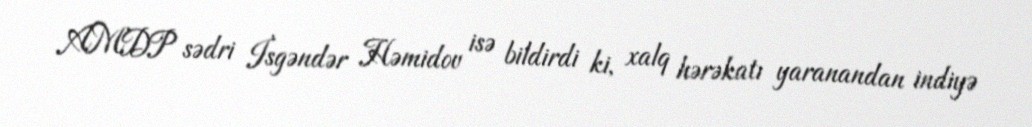
AMDP sədri İsgəndər Həmidov isə bildirdi ki, xalq hərəkatı yaranandan indiyə